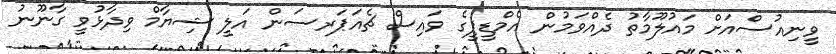
ވީނިއުސްއަށް މައުލޫމާތު ދެއްވަމުން އެމްޑީޕީގެ ވައިސް ޗެއަޕަރސަން އަލީ ޝިޔާމް ވިދާޅުވީ ގާނޫނު